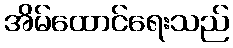
အိမ်ထောင်ရေးသည်